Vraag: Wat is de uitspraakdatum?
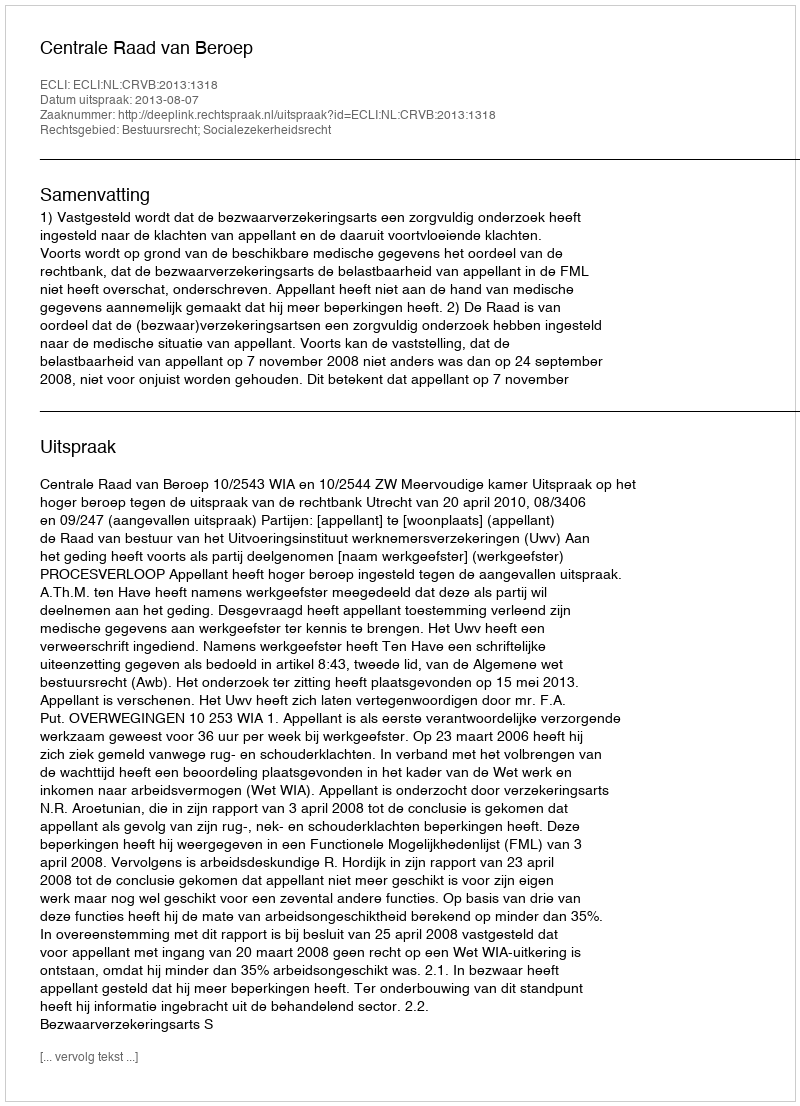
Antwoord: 2013-08-07